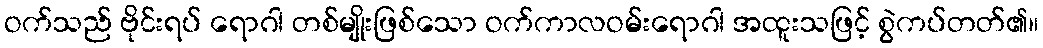
ဝက်သည် ဗိုင်းရပ် ရောဂါ တစ်မျိုးဖြစ်သော ဝက်ကာလဝမ်းရောဂါ အထူးသဖြင့် စွဲကပ်တတ်၏။